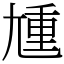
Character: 尰